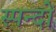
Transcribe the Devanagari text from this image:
स्पन्दों